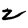
Digit: 2